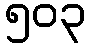
၅၀၃